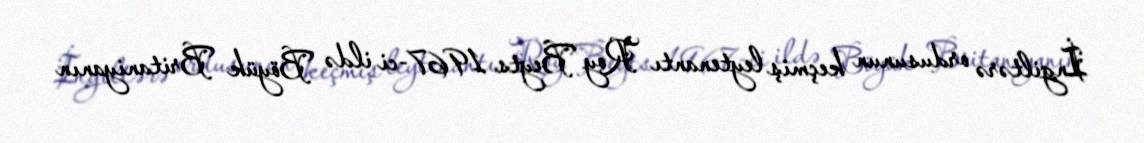
İngiltərə ordusunun keçmiş leytenantı Roy Beyts 1967-ci ildə Böyük Britaniyanın